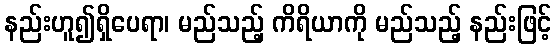
နည်းဟူ၍ရှိပေရာ၊ မည်သည့် ကိရိယာကို မည်သည့် နည်းဖြင့်